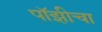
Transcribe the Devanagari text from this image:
पॉझीचा